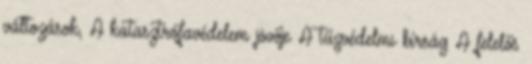
változások, A katasztrófavédelem jövője A tűzvédelmi bírság A felelős